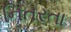
નિતરતા